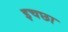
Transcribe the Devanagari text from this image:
इचछा